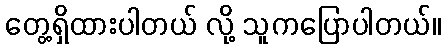
တွေ့ရှိထားပါတယ် လို့ သူကပြောပါတယ်။